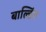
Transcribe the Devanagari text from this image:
बाल्डिंग